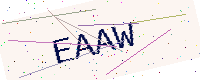
Text: EAAW